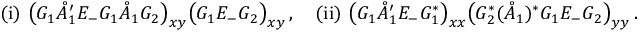
\mathrm { ( i ) } \ \big ( G _ { 1 } \mathring { A } _ { 1 } ^ { \prime } E _ { - } G _ { 1 } \mathring { A } _ { 1 } G _ { 2 } \big ) _ { \boldsymbol { x } \boldsymbol { y } } \big ( G _ { 1 } E _ { - } G _ { 2 } \big ) _ { \boldsymbol { x } \boldsymbol { y } } \, , \quad \mathrm { ( i i ) } \ \big ( G _ { 1 } \mathring { A } _ { 1 } ^ { \prime } E _ { - } G _ { 1 } ^ { * } \big ) _ { \boldsymbol { x } \boldsymbol { x } } \big ( G _ { 2 } ^ { * } ( \mathring { A } _ { 1 } ) ^ { * } G _ { 1 } E _ { - } G _ { 2 } \big ) _ { \boldsymbol { y } \boldsymbol { y } } \, .